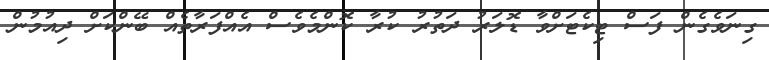
ގިނަވެގެން ފަސް ޓިކެޓަށްވާ ޑޮލަރު ދަތުރު ކުރާ ކޮންމެވެސް އެއްފަރާތެއް ބޭންކަށް ދިއުމުން